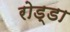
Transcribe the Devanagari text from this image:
रोड्डा